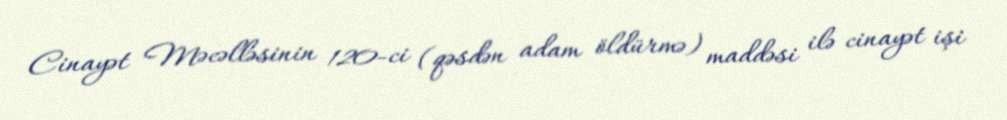
Cinayət Məcəlləsinin 120-ci (qəsdən adam öldürmə) maddəsi ilə cinayət işi